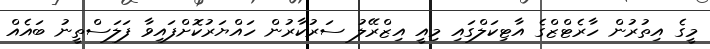
މީގެ އިތުރުން ހާރެޓްޒްގެ އާޓިކަލްގައި މިއީ އިޒްރޭލު ސަރުކާރުން ހައްޔަރުކޮށްފައިވާ ފަލަސްތީނު ބައެއް